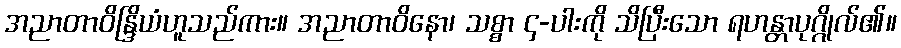
အညာတာဝိန္ဒြိယံဟူသည်ကား။ အညာတာဝိနော၊ သစ္စာ ၄-ပါးကို သိပြီးသော ရဟန္တာပုဂ္ဂိုလ်၏။